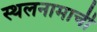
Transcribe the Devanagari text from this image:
स्थलनामाची